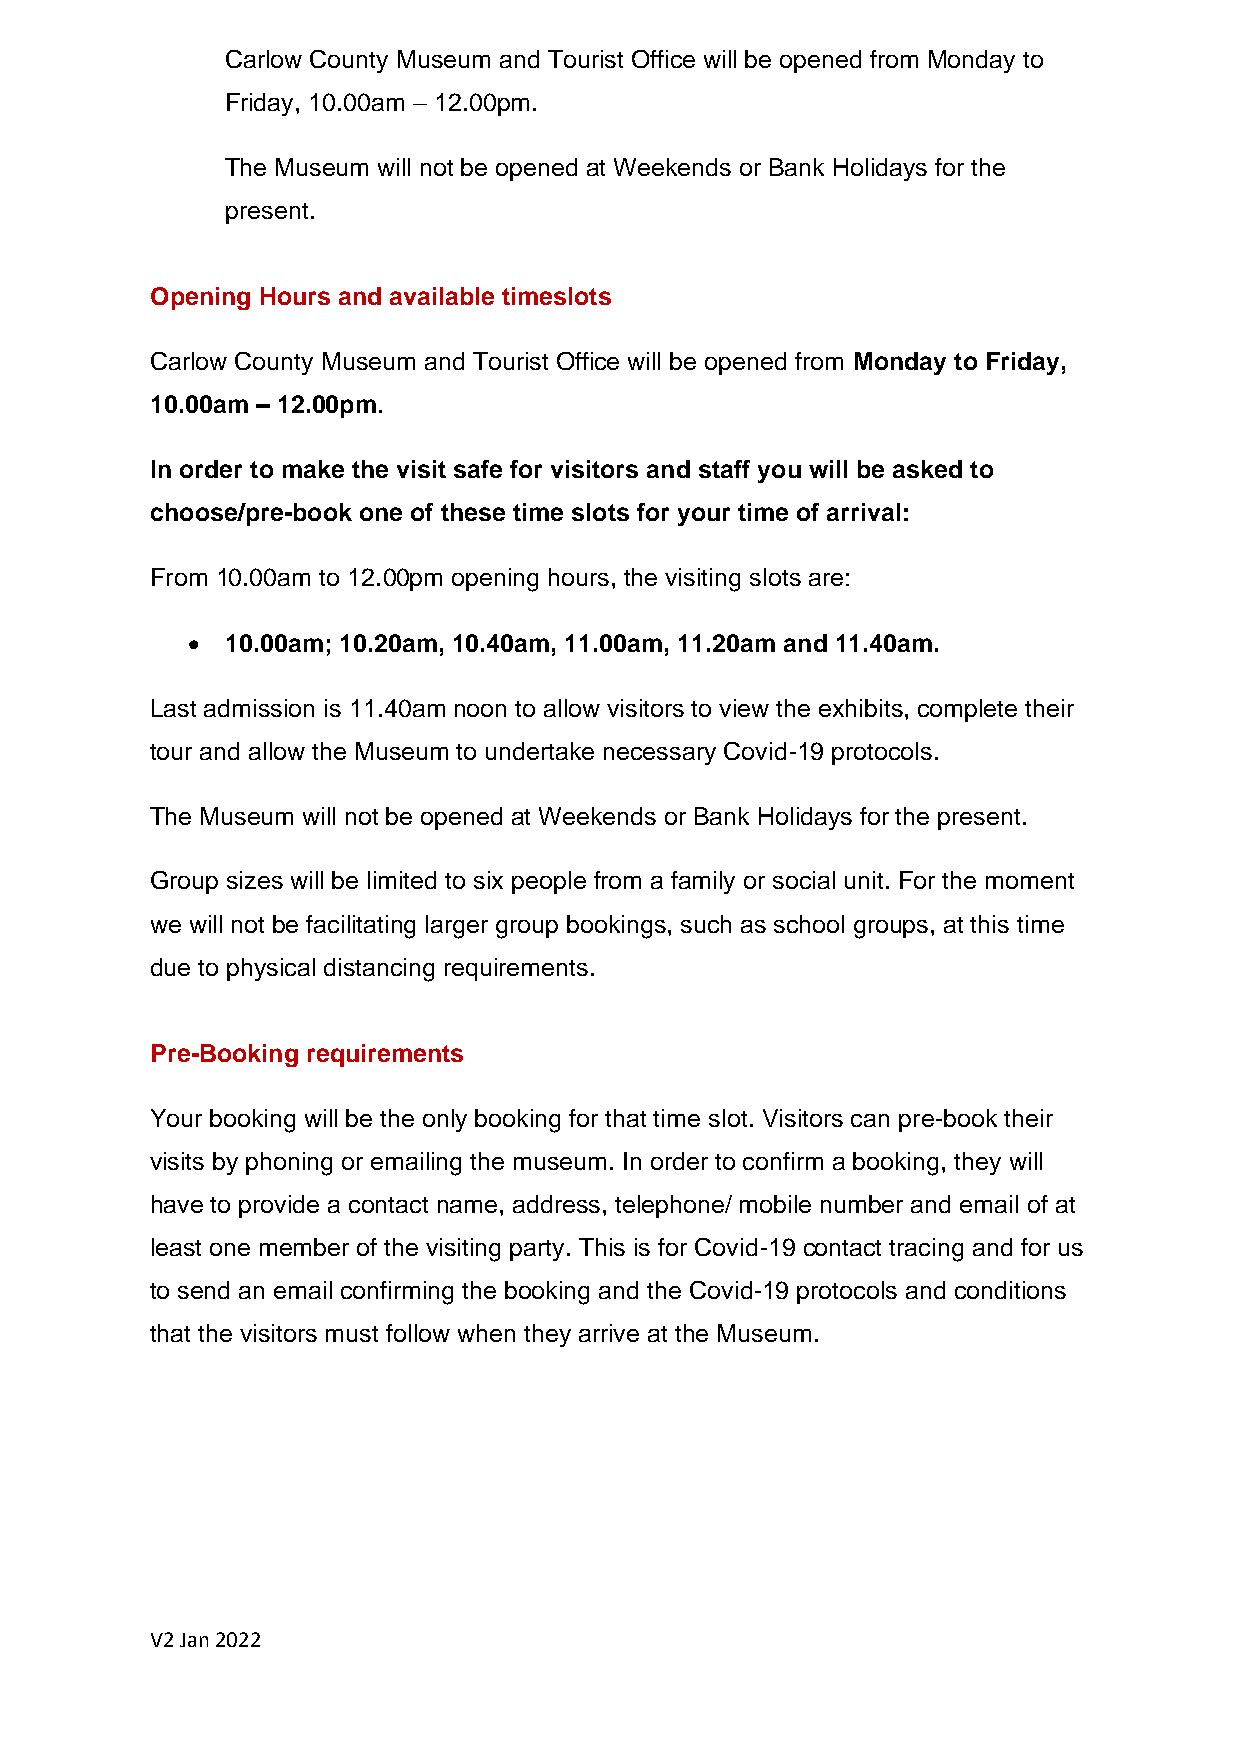
Carlow County Museum and Tourist Office will be opened from Monday to
 Friday, 10.00am – 12.00pm.
 The Museum will not be opened at Weekends or Bank Holidays for the
 present.
 Opening Hours and available timeslots
 Carlow County Museum and Tourist Office will be opened from Monday to Friday,
 10.00am – 12.00pm.
 In order to make the visit safe for visitors and staff you will be asked to
 choose/pre-book one of these time slots for your time of arrival:
 From 10.00am to 12.00pm opening hours, the visiting slots are:
 •  10.00am; 10.20am, 10.40am, 11.00am, 11.20am and 11.40am.
 Last admission is 11.40am noon to allow visitors to view the exhibits, complete their
 tour and allow the Museum to undertake necessary Covid-19 protocols.
 The Museum will not be opened at Weekends or Bank Holidays for the present.
 Group sizes will be limited to six people from a family or social unit. For the moment
 we will not be facilitating larger group bookings, such as school groups, at this time
 due to physical distancing requirements.
 Pre-Booking requirements
 Your booking will be the only booking for that time slot. Visitors can pre-book their
 visits by phoning or emailing the museum. In order to confirm a booking, they will
 have to provide a contact name, address, telephone/ mobile number and email of at
 least one member of the visiting party. This is for Covid-19 contact tracing and for us
 to send an email confirming the booking and the Covid-19 protocols and conditions
 that the visitors must follow when they arrive at the Museum.
 V2 Jan 2022